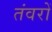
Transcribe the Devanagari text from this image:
तंवरों